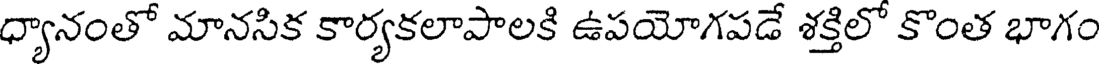
ధ్యానంతో మానసిక కార్యకలాపాలకి ఉపయోగపడే శక్తిలో కొంత భాగం